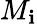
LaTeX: M_{\mathbf{i}}